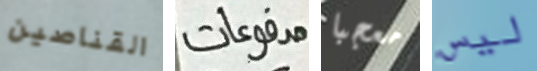
القناصين مدفوعات معجبا ليس